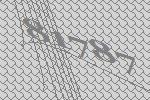
81787